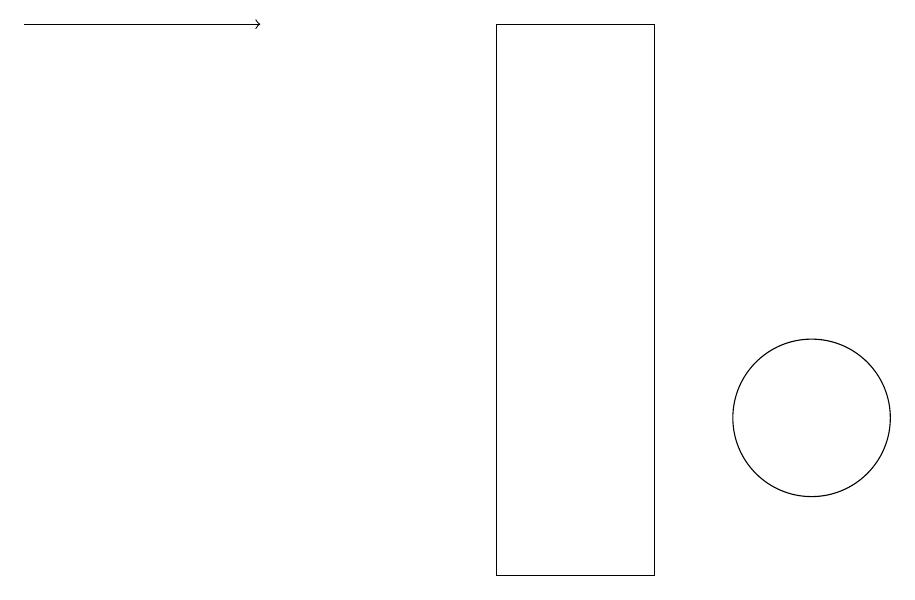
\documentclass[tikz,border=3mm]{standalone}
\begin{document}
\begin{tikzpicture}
\draw (7,17) rectangle (9,10);
\draw (11,12) circle (1);
\draw[->] (1,17) -- (4,17);
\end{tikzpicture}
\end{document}